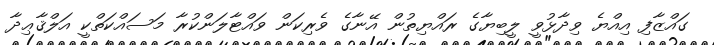
ގައްޒާފި އިއްޔެ ވިދާޅުވީ ލީބިޔާގެ ރައްޔިތުން އޭނާގެ ވެރިކަން ވައްޓާލަންކުރާ މަސައްކަތްކީ އަލްޤާޢިދާ